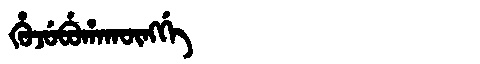
Manchu: ᡥᡠᠵᡠᠪᡠᡥᠠᡴᡡᠩᡤᡝ
Romanization: HUJUBUHAKŪNGGE